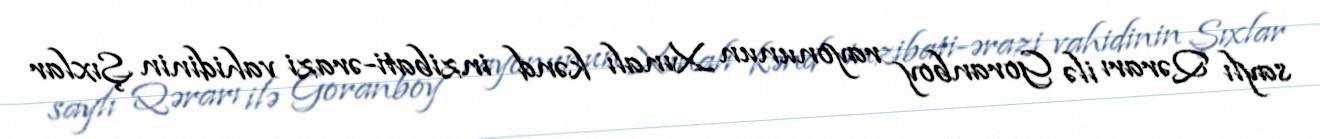
saylı Qərarı ilə Goranboy rayonunun Xınalı kənd inzibati-ərazi vahidinin Şıxlar